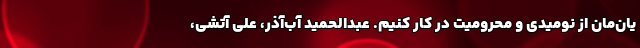
یان‌مان از نومیدی و محرومیت در کار کنیم. عبدالحمید آب‌آذر، علی آتشی،